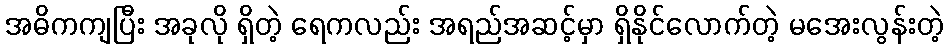
အဓိကကျပြီး အခုလို ရှိတဲ့ ရေကလည်း အရည်အဆင့်မှာ ရှိနိုင်လောက်တဲ့ မအေးလွန်းတဲ့